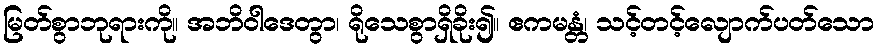
မြတ်စွာဘုရားကို။ အဘိဝါဒေတွာ၊ ရိုသေစွာရှိခိုး၍။ ဧကမန္တံ၊ သင့်တင့်လျောက်ပတ်သော